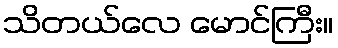
သိတယ်လေ မောင်ကြီး။